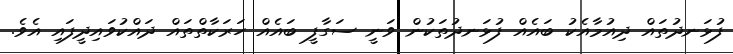
ފުޅަނދުތައް ދިއުމާއެކު ބައެއް ފުޅަނދުތަކުން ވަނީ ސަގާފީ ބައެއް ހަރަކާތްތައް ދައްކުވައިދީފައި އެވެ.